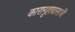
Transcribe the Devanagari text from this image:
कारागृहावासाची